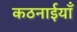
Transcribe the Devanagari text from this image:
कठनाईयाँ